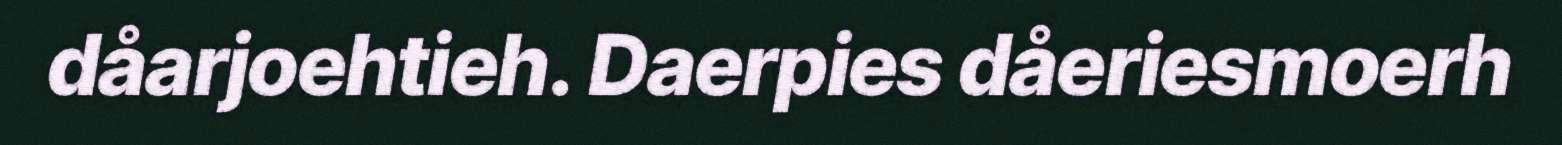
dåarjoehtieh. Daerpies dåeriesmoerh